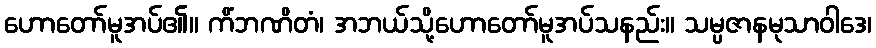
ဟောတော်မူအပ်၏။ ကိံဘဏိတံ၊ အဘယ်သို့ဟောတော်မူအပ်သနည်း။ သမ္ပဇာနမုသာဝါဒေ၊